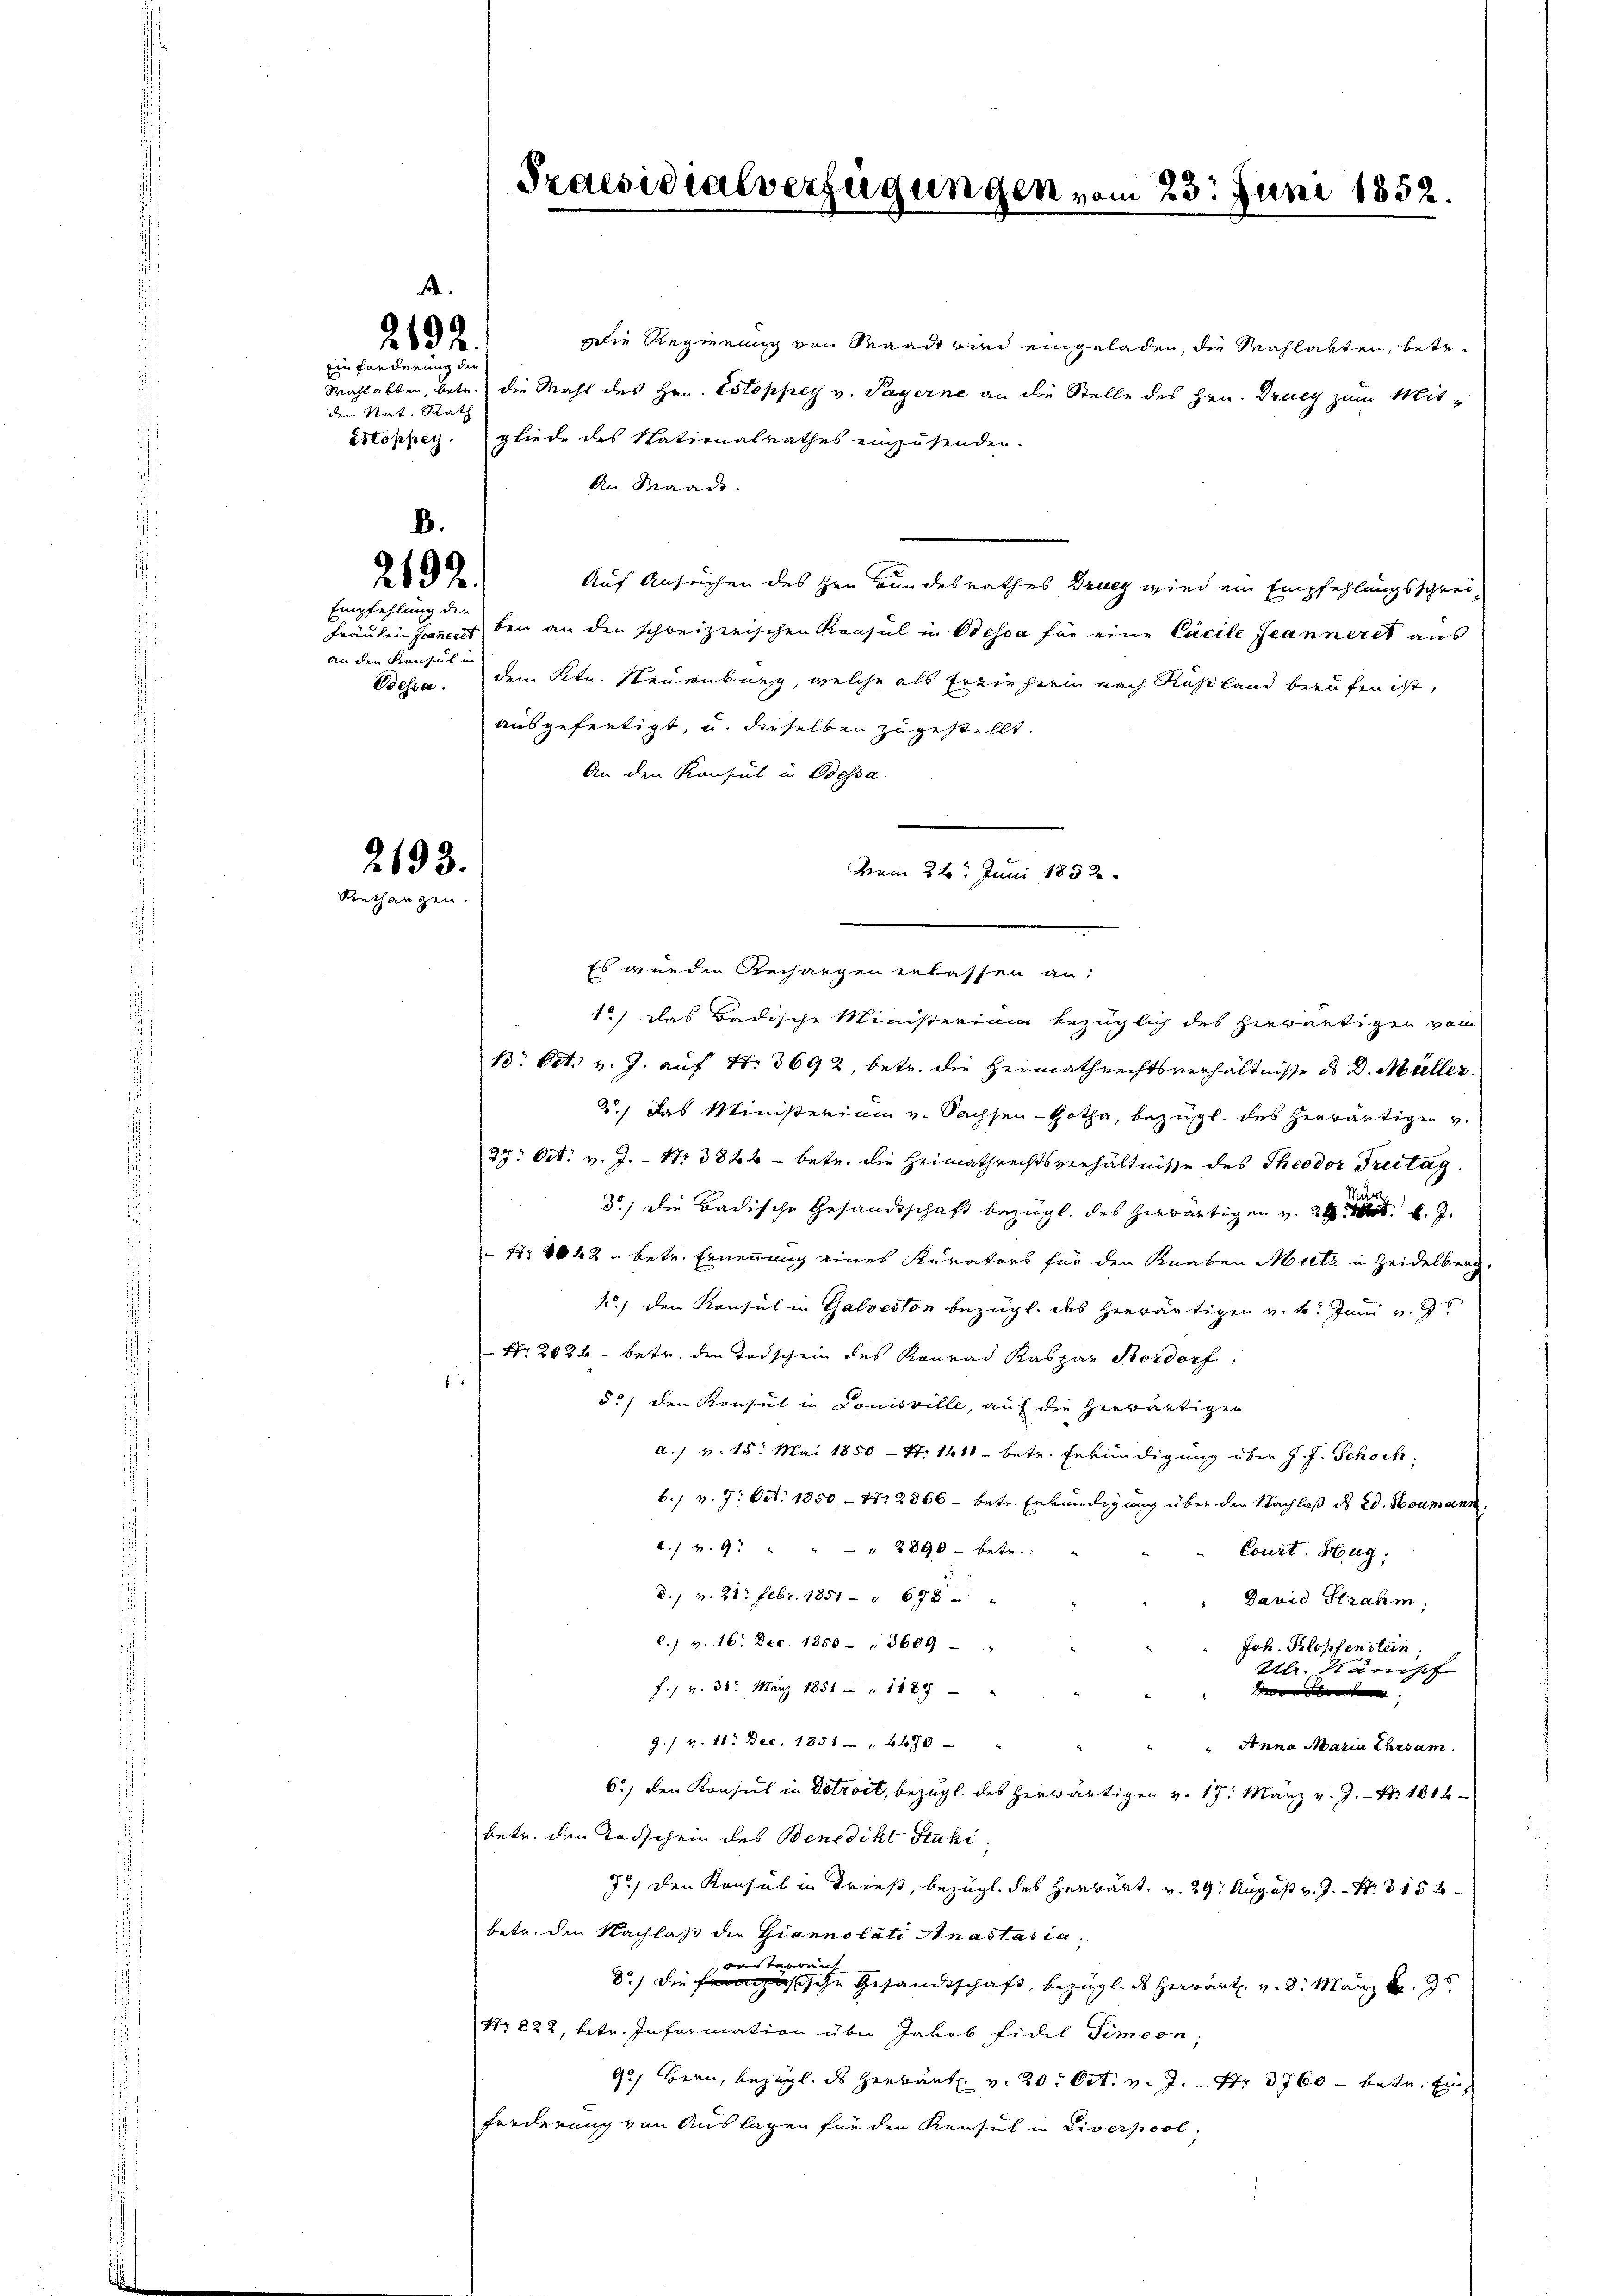
A.
2192

Ein Forderung der
den Nat. Rath

B.
2692.

Empfehlung der
Frau kein Jeanerst
an den Kanzel in

2193.
Krethangen.

Die Regierung von Waadt an eingeladen, die Wahlatten, betr.
Wahlabten, betr. die Mahl des Hrn. Estoppey v. Payerne an die Stelle des Hrn. Druey zum Mitéstoppey. gliede des Nationalrathes einzusenden.
An Waadt.
Auf Ansuchen des Hrn. Bundesrathes Druey wird ein Empfehlungsschreiben an den schweizerischen Konsul in Odessa für eine Cacile Jeanneres aus
Dessa. dem Ktn. Neuenburg, welche als Erzieherin nach Rußland berufen ist,
ausgefertigt, u. dieselben zugestellt.
An den Konsul in Odessa.
vom 22. Juni 1852.
Es wurden Rechangen erlassen an:
1.) Das Badische Ministerium bezüglich des herwärtigen vom
B. Oct. v. J. auf Nr. 3692, betr. die Heimathrechtsverhältnisse ds D. Müller.
2.) Das Ministerium v. Sachsen - Gotha, bezügl. des herwärtigen v.
27. Oct. v. J. - Nr 3822 - betr. die Heimathrechtsverhältnisse des Theodor Treitag.
d.) Die Badische Gesandtschaft bezügl. des herwärtigen v. 24 f. J.
 Nr. 1042 - betr. Ernennung eines Kurators für den Knaben Mutz in Zeidelberg-
2./ den Konsul in Galveston bezügl. des herwärtigen v. 6. Juni v. Js.
Nr. 2036 - betr. den Todschein des Konrad Kaspar Kordorf,
s
55) den Konsul in Louisville, auf die herwärtigen
a./ v. 15. Mai 1850 - 4. 1611 - betr. Erkundigung über J. J. Schochb., v. 7. Oct. 1850 - 111 2866 - betr. Erkundigung über den Nachlaß des 20. Neumann
2. v. 9. " " " 2890- betr.
Court. Hug,
d. 1 v. 28. Febr. 1851 " 678 : "
David Strahm;
l. v. 16. Dec. 1850 " 3609 - "
Joh. Blopfenstein.
Hlr. Känchef
f. v. 31t März 1851 1887 "
e
9./ v. 11. Dec. 1851 " 4470
Anna Maria Ehrsam.
6) den Konsul in Detroit, bezügl. des herwärtigen v. 17. März v. J. Nr. 1016
betr. den Todschein des Benedikt Stuhi,
7) den Konsul in Trieß, bezügl. des Herbärt, u. 29. August v. J. Nr. 315 f
betr. den Nachlaß der Giannolati Anastasia,
.
s Herren |
/ die Fische Gesandtschaft, bezügl. des Herwart v. 8. März d. 9.
Nr. 822, betr. Information über Jakob Fidel Simeon;
9) Bern, bezügl. des Herbaut. v. 20. Oct. v. J. Nr. 3760 - betr. Ein¬
Forderung von Auslagen für den Konsul in Liverpool,

8

Praesidialverfügungen vom 23. Juni 1852.